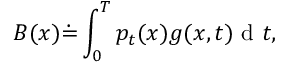
B ( x ) \dot { = } \int _ { 0 } ^ { T } p _ { t } ( x ) g ( x , t ) \mathrm { ~ d ~ } t ,